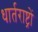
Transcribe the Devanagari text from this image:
धार्तराष्ट्रों